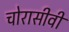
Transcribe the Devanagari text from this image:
चोरासीवीं